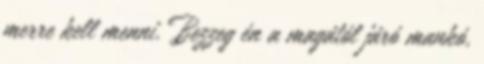
merre kell menni. Bezzeg én a magától járó mankó,